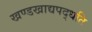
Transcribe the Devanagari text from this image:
खण्डखाद्यपद्धति